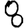
Digit: 8